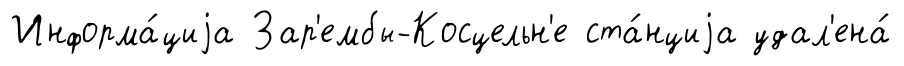
Информа́циjа Зар'ембы-Косцельн'е ста́нциjа удал'ена́